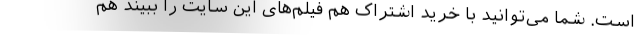
است. شما می‌توانید با خرید اشتراک هم فیلم‌های این سایت را ببیند هم